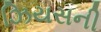
ઝિયસની